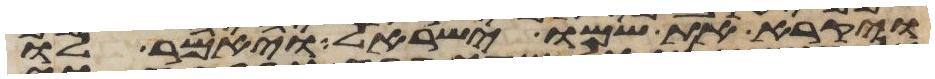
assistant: ויקרא את שמו ישראל ויאמר לו